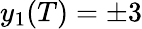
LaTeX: y_{1}(T)=\pm 3